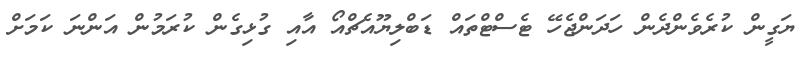
ޔަގީން ކުރެވެންދެން ހަދަންޖެހޭ ޓެސްޓްތައް ޑަބްލިޔޫއެޗްއޯ އާއި ގުޅިގެން ކުރަމުން އަންނަ ކަމަށް